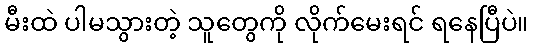
မီးထဲ ပါမသွားတဲ့ သူတွေကို လိုက်မေးရင် ရနေပြီပဲ။